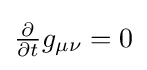
{\tfrac {\partial }{\partial t}}g_{\mu \nu }=0